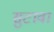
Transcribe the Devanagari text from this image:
सुटावा